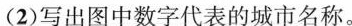
(2)写出图中数字代表的城市名称。